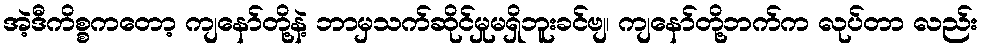
အဲ့ဒီကိစ္စကတော့ ကျနော်တို့နဲ့ ဘာမှသက်ဆိုင်မှုမရှိဘူးခင်ဗျ၊ ကျနော်တို့ဘက်က လုပ်တာ လည်း